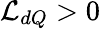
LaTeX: \mathcal{L}_{dQ}>0